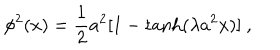
\phi ^ { 2 } ( x ) = \frac { 1 } { 2 } a ^ { 2 } [ 1 - \tanh ( \lambda a ^ { 2 } x ) ] ~ ,